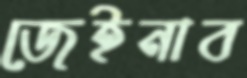
জেইনাব